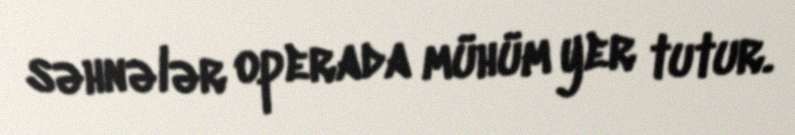
səhnələr operada mühüm yer tutur.